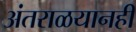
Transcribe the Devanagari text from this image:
अंतराळयानही